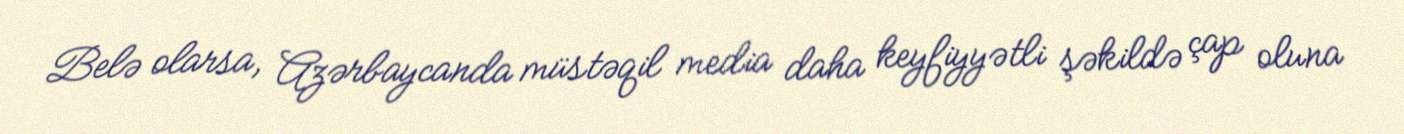
Belə olarsa, Azərbaycanda müstəqil media daha keyfiyyətli şəkildə çap oluna